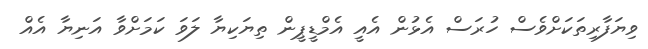
ވިޔަފާރިތަކަށްވެސް ހުރަސް އެޅުން އެއީ އެމްޑީޕީން ތިޔަކިޔާ ލަވަ ކަމަށްވާ އަނިޔާ އެއް